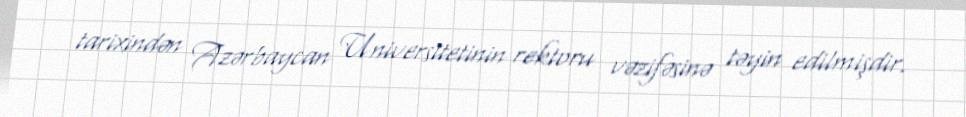
tarixindən Azərbaycan Universitetinin rektoru vəzifəsinə təyin edilmişdir.